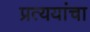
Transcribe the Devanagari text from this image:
प्रत्ययांचा